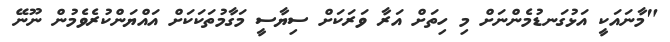
"މާނައަކީ އަޅުގަނޑުމެންނަށް މި ހިތަށް އަރާ ވަރަކަށް ސިޔާސީ މަގާމުތަކަކަށް އައްޔަންކުރެވެމުން ނޫނޭ